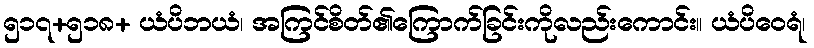
၅၁၇+၅၁၈+ ယံပိဘယံ၊ အကြင်စိတ်၏ကြောက်ခြင်းကိုလည်းကောင်း။ ယံပိဝေရံ၊